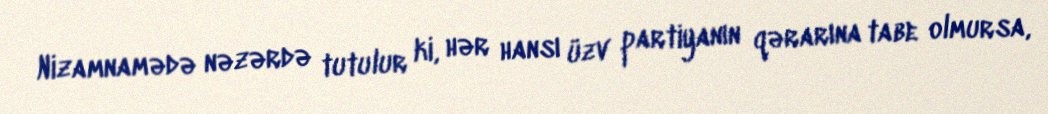
Nizamnamədə nəzərdə tutulur ki, hər hansı üzv partiyanın qərarına tabe olmursa,